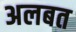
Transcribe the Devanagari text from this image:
अलबत